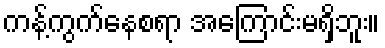
ကန့်ကွက်နေစရာ အကြောင်းမရှိဘူး။